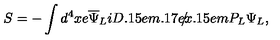
S = - \int d ^ { 4 } x e { \overline { { \Psi } } } _ { L } i { { D \kern - 0 . 1 5 e m \raise 0 . 1 7 e x \llap { / } \kern 0 . 1 5 e m \relax } } P _ { L } \Psi _ { L } ,